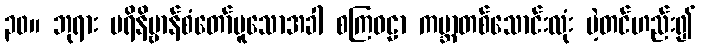
၃၀။ ဘုရား ပရိနိဗ္ဗာန်စံတော်မူသောအခါ စကြဝဠာ ကမ္ဘာတစ်သောင်းလုံး ပဲ့တင်ဟည်း၍